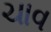
ચાવ